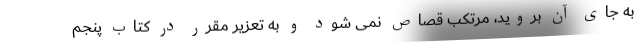
به جای آن بروید، مرتکب قصاص نمی شود و به تعزیر مقرر در کتاب پنجم